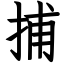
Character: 捕